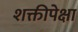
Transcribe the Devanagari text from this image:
शक्तीपेक्षा